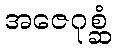
အဇေဂုစ္ဆံ